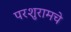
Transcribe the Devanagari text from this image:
परशुरामचे